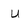
Character: u